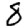
Digit: 8